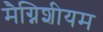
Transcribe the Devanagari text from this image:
मैग्निशीयम